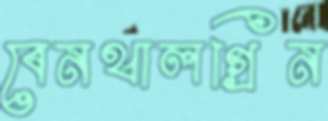
বেনথালগ্রিন